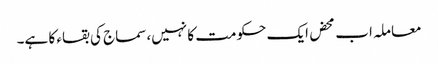
معاملہ اب محض ایک حکومت کا نہیں،سماج کی بقاء کا ہے۔